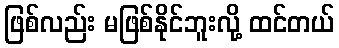
ဖြစ်လည်း မဖြစ်နိုင်ဘူးလို့ ထင်တယ်